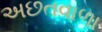
અછતવાળા